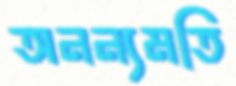
অনন্যমতি